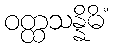
ဝတ္ထသန္နိဓိံ